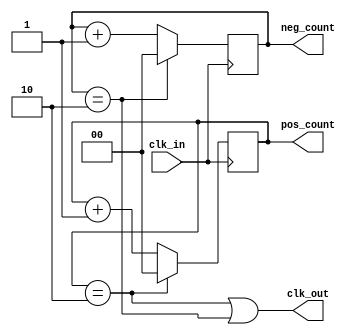
module freq_divide_3(clk_out,pos_count,neg_count,clk_in);
  input clk_in;
  output reg clk_out;
  output reg [1:0] pos_count=0, neg_count=0;
  always @(posedge clk_in) begin
    if (pos_count==2)
      pos_count <= 0;
    else
      pos_count <= pos_count + 1'b1;
  end
  always @(negedge clk_in) begin
    if (neg_count==2)
      neg_count <= 0;
    else
      neg_count <= neg_count + 1'b1;
  end
  assign clk_out = ((pos_count==2) | (neg_count==2));
endmodule